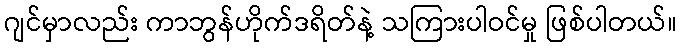
ဂျင်မှာလည်း ကာဘွန်ဟိုက်ဒရိတ်နဲ့ သကြားပါဝင်မှု ဖြစ်ပါတယ်။